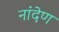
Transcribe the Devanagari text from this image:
नांदेण